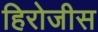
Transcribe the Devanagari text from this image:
हिरोजीस